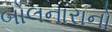
બોલનારાનો